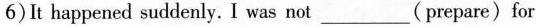
6)It happened suddenly. I was not___(prepare)for